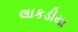
લાકડીયા